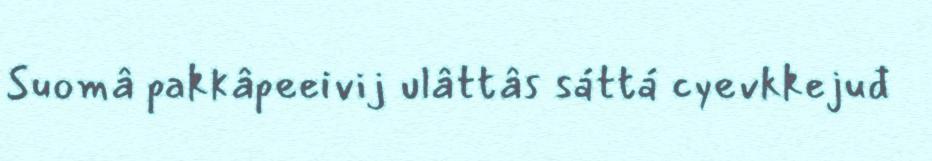
Suomâ pakkâpeeivij ulâttâs sáttá cyevkkejuđ